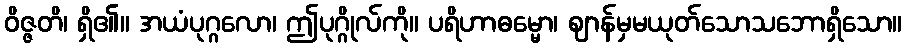
ဝိဇ္ဇတိ၊ ရှိ၏။ အယံပုဂ္ဂလော၊ ဤပုဂ္ဂိုလ်ကို။ ပရိဟာဓမ္မော၊ ဈာန်မှမယုတ်သောသဘောရှိသော။